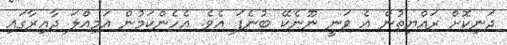
ދަނިކޮށް ރައްޔިތުން އެ ވަނީ ނޫނެކޭ ބުނެފަ އެވެ. އެހެންކަމުން އަމިއްލަ ދާއިރާގައި